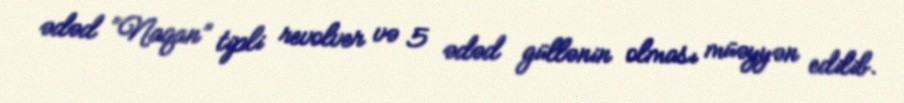
ədəd “Naqan” tipli revolver və 5 ədəd güllənin olması müəyyən edilib.